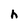
Character: h